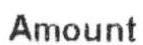
AMOUNT